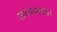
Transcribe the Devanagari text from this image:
अध्यवसाय।